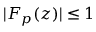
| F _ { p } ( z ) | \le 1